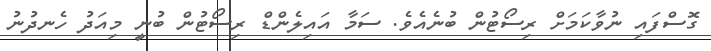
ގޮސްފައި ނުވާކަމަށް ރިސޯޓުން ބުނެއެވެ. ސަމާ އައިލެންޑް ރިސޯޓުން ބުނީ މިއަދު ހެނދުނު